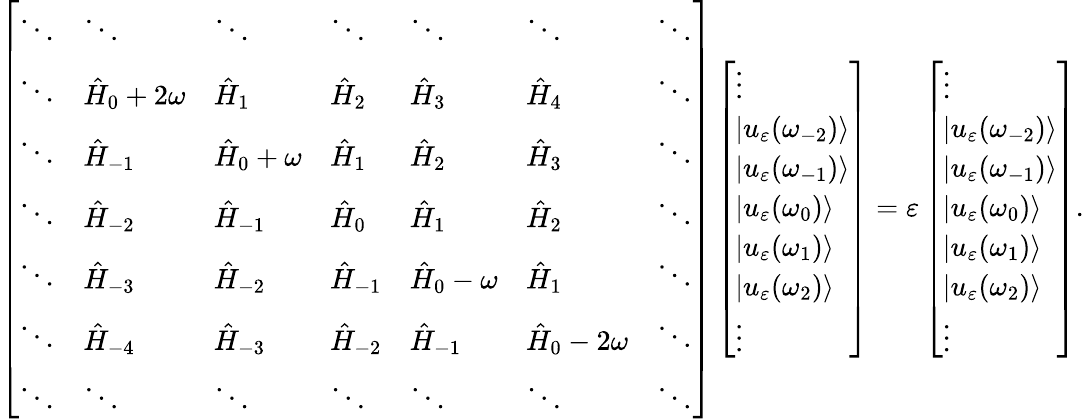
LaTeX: \left[\begin{array}{lllllll}{\ddots}&{\ddots}&{\ddots}&{\ddots}&{\ddots}&{\ddots}&{\ddots}\\ {\ddots}&{\hat{H}_{0}+2\omega}&{\hat{H}_{1}}&{\hat{H}_{2}}&{\hat{H}_{3}}&{\hat{H}_{4}}&{\ddots}\\ {\ddots}&{\hat{H}_{-1}}&{\hat{H}_{0}+\omega}&{\hat{H}_{1}}&{\hat{H}_{2}}&{\hat{H}_{3}}&{\ddots}\\ {\ddots}&{\hat{H}_{-2}}&{\hat{H}_{-1}}&{\hat{H}_{0}}&{\hat{H}_{1}}&{\hat{H}_{2}}&{\ddots}\\ {\ddots}&{\hat{H}_{-3}}&{\hat{H}_{-2}}&{\hat{H}_{-1}}&{\hat{H}_{0}-\omega}&{\hat{H}_{1}}&{\ddots}\\ {\ddots}&{\hat{H}_{-4}}&{\hat{H}_{-3}}&{\hat{H}_{-2}}&{\hat{H}_{-1}}&{\hat{H}_{0}-2\omega}&{\ddots}\\ {\ddots}&{\ddots}&{\ddots}&{\ddots}&{\ddots}&{\ddots}&{\ddots}\end{array}\right]\left[\begin{array}{l}{\vdots}\\ {|u_{\varepsilon}(\omega_{-2})\rangle}\\ {|u_{\varepsilon}(\omega_{-1})\rangle}\\ {|u_{\varepsilon}(\omega_{0})\rangle}\\ {|u_{\varepsilon}(\omega_{1})\rangle}\\ {|u_{\varepsilon}(\omega_{2})\rangle}\\ {\vdots}\end{array}\right]=\varepsilon\left[\begin{array}{l}{\vdots}\\ {|u_{\varepsilon}(\omega_{-2})\rangle}\\ {|u_{\varepsilon}(\omega_{-1})\rangle}\\ {|u_{\varepsilon}(\omega_{0})\rangle}\\ {|u_{\varepsilon}(\omega_{1})\rangle}\\ {|u_{\varepsilon}(\omega_{2})\rangle}\\ {\vdots}\end{array}\right].